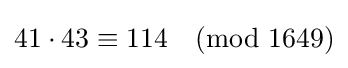
41\cdot 43\equiv 114{\pmod {1649}}